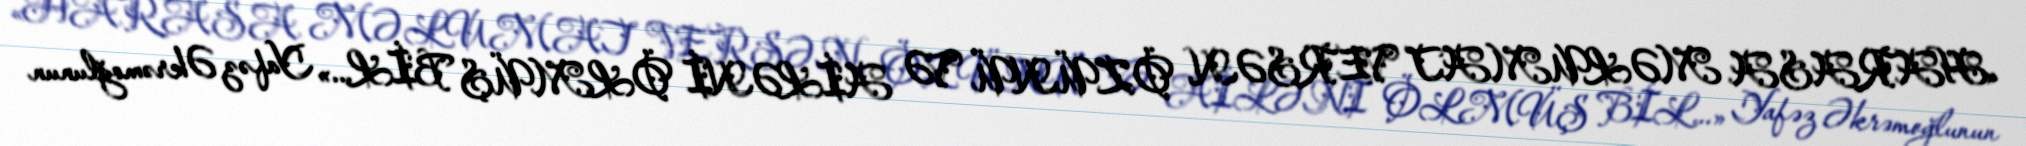
«HARASA MƏLUMAT VERSƏN, ÖZÜNÜ VƏ AİLƏNİ ÖLMÜŞ BİL...» Yafəz Əkrəmoğlunun